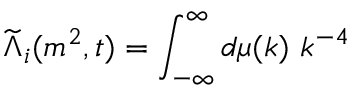
\widetilde { \Lambda } _ { i } ( m ^ { 2 } , t ) = \int _ { - \infty } ^ { \infty } d \mu ( k ) \, \, k ^ { - 4 }